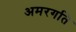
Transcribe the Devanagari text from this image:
अमरगति